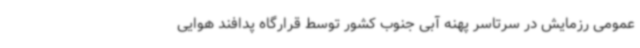
عمومی رزمایش در سرتاسر پهنه آبی جنوب کشور توسط قرارگاه پدافند هوایی